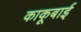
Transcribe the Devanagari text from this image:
काकूबाई